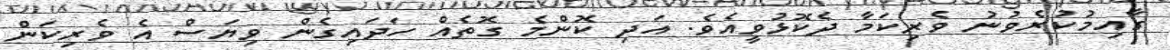
ގާއިމުކުރެވުނު ވެރިކަމާ ދެކޮޅުވީއެވެ. އަދި ކޮންމެ ގޮތެއް ހަދައިގެން ވިޔަސް އެ ވެރިކަން